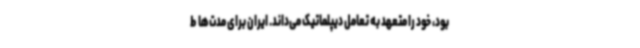
بود، خود را متعهد به تعامل دیپلماتیک می‌داند. ایران برای مدت‌ها ط